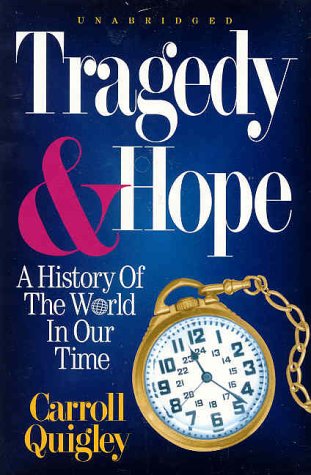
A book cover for Tragedy & Hope: A History of the World in Our Time; Carroll Quigley; History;